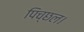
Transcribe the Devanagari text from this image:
पिच्छल।